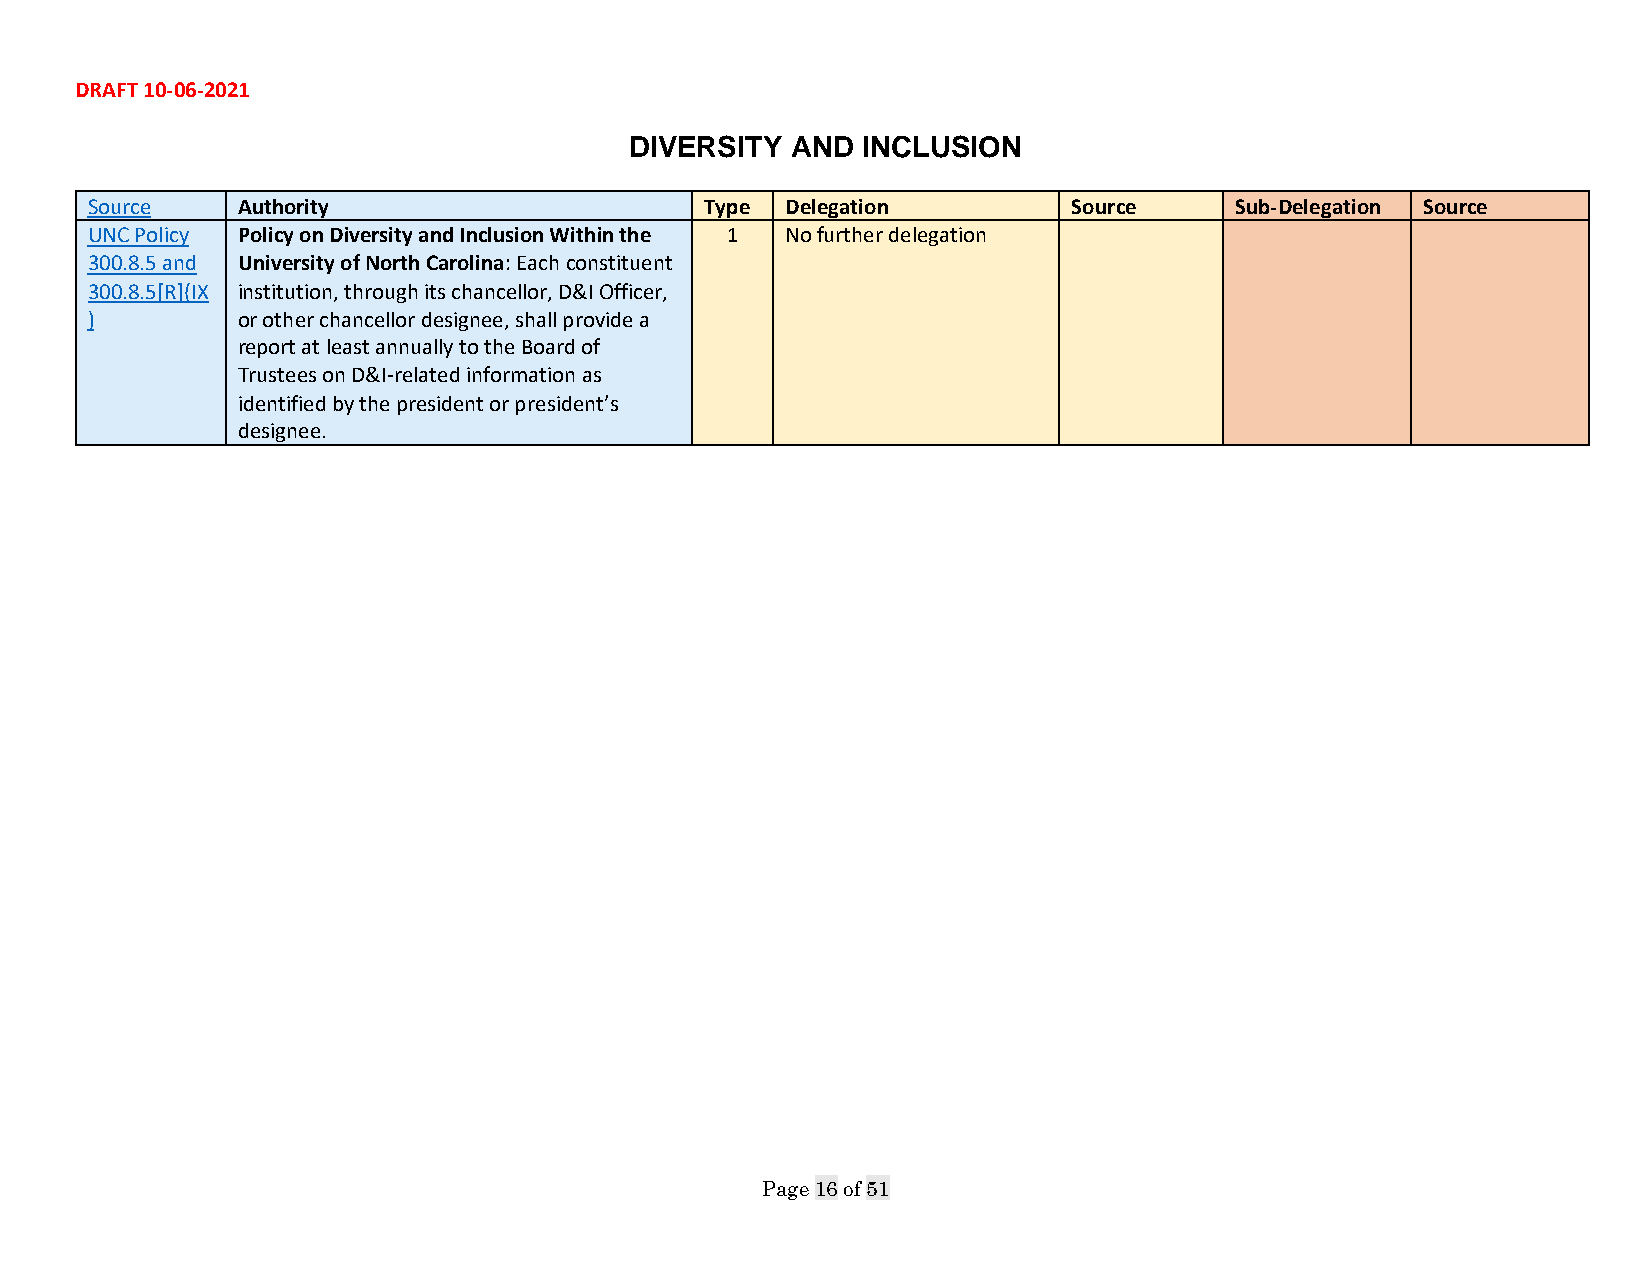
DRAFT 10-06-2021
 DIVERSITY AND  INCLUSION
 Source    Authority                      Type Delegation         Source     Sub-Delegation Source
 UNC Policy Policy on Diversity and Inclusion Within the 1 No further delegation
 300.8.5 and University of North Carolina: Each constituent
 300.8.5[R](IX institution, through its chancellor, D&I Officer,
 )         or other chancellor designee, shall provide a
 report at least annually to the Board of
 Trustees on D&I-related information as
 identified by the president or president’s
 designee.
 Page 16 of 51